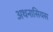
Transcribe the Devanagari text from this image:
अथनासियस